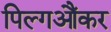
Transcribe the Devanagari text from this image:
पिल्गऔंकर